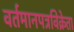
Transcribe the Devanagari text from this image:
वर्तमानपत्रविक्रेता